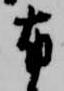
布